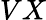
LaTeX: VX